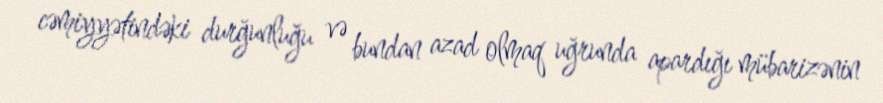
cəmiyyətindəki durğunluğu və bundan azad olmaq uğrunda apardığı mübarizənin